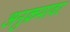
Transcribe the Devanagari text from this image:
अनुक्रमावर